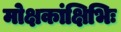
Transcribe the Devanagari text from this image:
मोक्षकांक्षिभिः